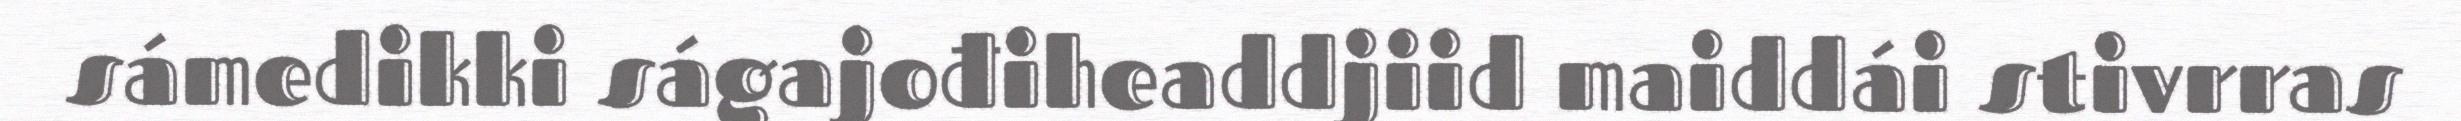
sámedikki ságajođiheaddjiid maiddái stivrras